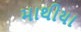
માથીયા